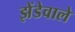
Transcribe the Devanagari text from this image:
झेंडेवाले